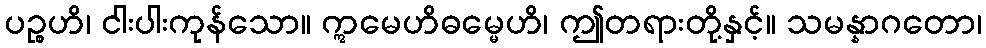
ပဉ္စဟိ၊ ငါးပါးကုန်သော။ ဣမေဟိဓမ္မေဟိ၊ ဤတရားတို့နှင့်။ သမန္နာဂတော၊